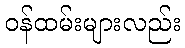
ဝန်ထမ်းများလည်း